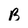
Character: B